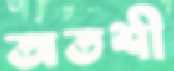
অতশী